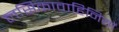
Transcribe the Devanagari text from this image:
लसिकावाहिनियों